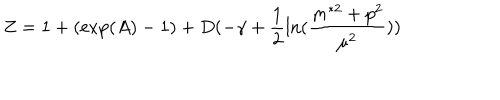
LaTeX: Z = 1 + ( \exp ( A ) - 1 ) + D ( - \gamma + \frac { 1 } { 2 } \ln ( \frac { m ^ { \ast 2 } + p ^ { 2 } } { \mu ^ { 2 } } ) )